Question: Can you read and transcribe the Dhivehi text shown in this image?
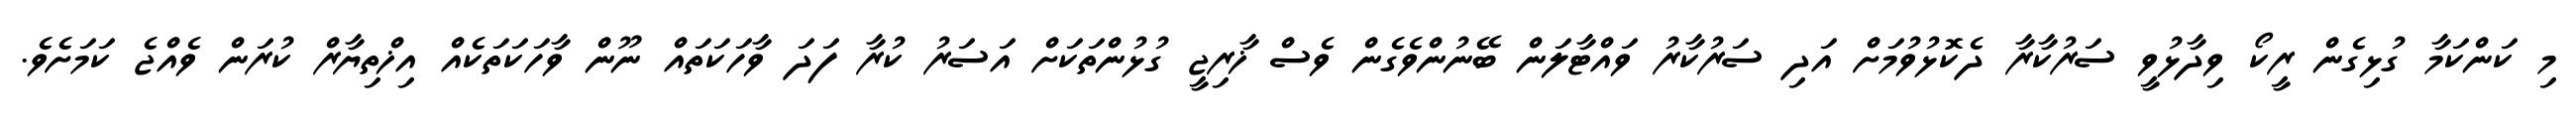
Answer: މި ކަންކަމާ ގުޅިގެން ރީކޯ ވިދާޅުވީ ސަރުކާރާ ދެކޮޅުވުމަށް އަދި ސަރުކާރު ވައްޓާލަން ބޭނުންވެގެން ވެސް ޚާރިޖީ ގުޅުންތަކަށް އަސަރު ކުރާ ފަދަ ވާހަކަތައް ނޫން ވާހަކަތަކެއް އިޚްތިޔާރް ކުރަން ވެއްޖެ ކަމަށެވެ.